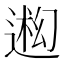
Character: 𬨳